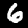
Label: 6